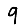
Digit: 9